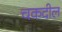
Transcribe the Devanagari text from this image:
चकदील